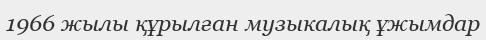
1966 жылы құрылған музыкалық ұжымдар